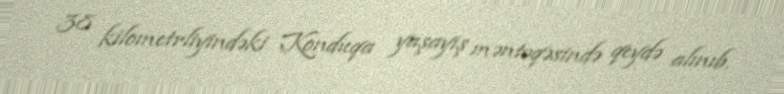
38 kilometrliyindəki Konduqa yaşayış məntəqəsində qeydə alınıb.